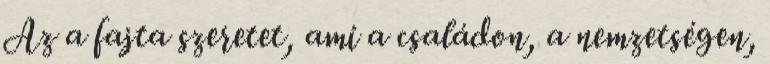
Az a fajta szeretet, ami a családon, a nemzetségen,